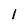
Character: 1